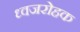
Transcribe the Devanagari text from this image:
ध्वजरोहक